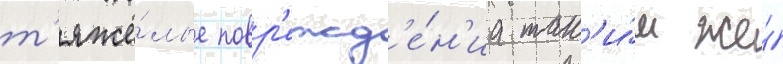
т'яжё́лые повр'ежд'е́н'иа так'и́м же́